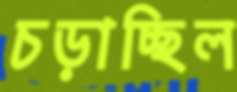
চড়াচ্ছিল